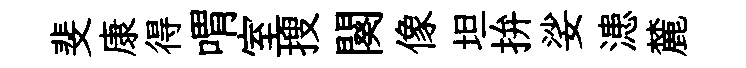
斐康得喟室搜闋像坦拚娑漶麓